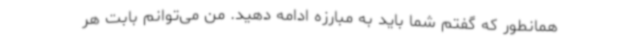
همانطور که گفتم شما باید به مبارزه ادامه دهید. من می‌توانم بابت هر